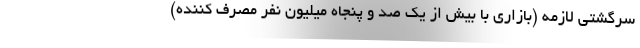
سرگشتی لازمه (بازاری با بیش از یک صد و پنجاه میلیون نفر مصرف کننده)